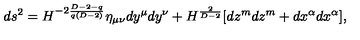
d s ^ { 2 } = H ^ { - 2 \frac { D - 2 - q } { q ( D - 2 ) } } \eta _ { \mu \nu } d y ^ { \mu } d y ^ { \nu } + H ^ { \frac { 2 } { D - 2 } } [ d z ^ { m } d z ^ { m } + d x ^ { \alpha } d x ^ { \alpha } ] ,